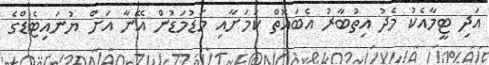
އަދި ޓީމާއެކު މެދު އިތުބާރު އެބައޮތް ކަމަށާއި މަޑުމަޑުން އޭނާ އަށް ޔުނައިޓެޑްގެ